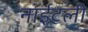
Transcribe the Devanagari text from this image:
नाईटली